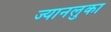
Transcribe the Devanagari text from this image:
ज्यानलुका